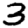
Digit: 3